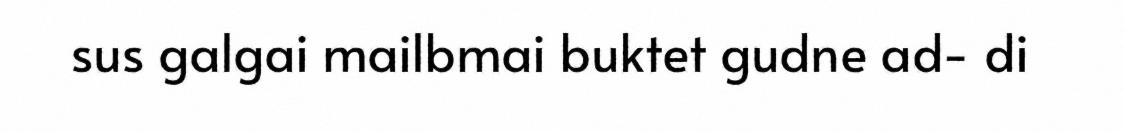
sus galgai mailbmai buktet gudne ad- di